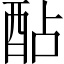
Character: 酟